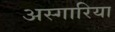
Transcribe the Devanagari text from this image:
अस्गारिया